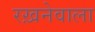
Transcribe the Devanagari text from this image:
रख़नेवाला